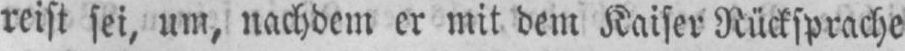
reist sei, um, nachdem er mit dem Kaiser Rücksprache